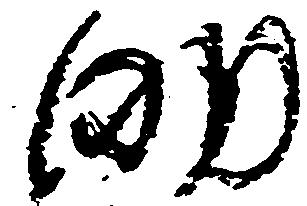
助